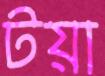
টয়া